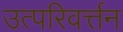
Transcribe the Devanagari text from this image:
उत्परिवर्त्तन